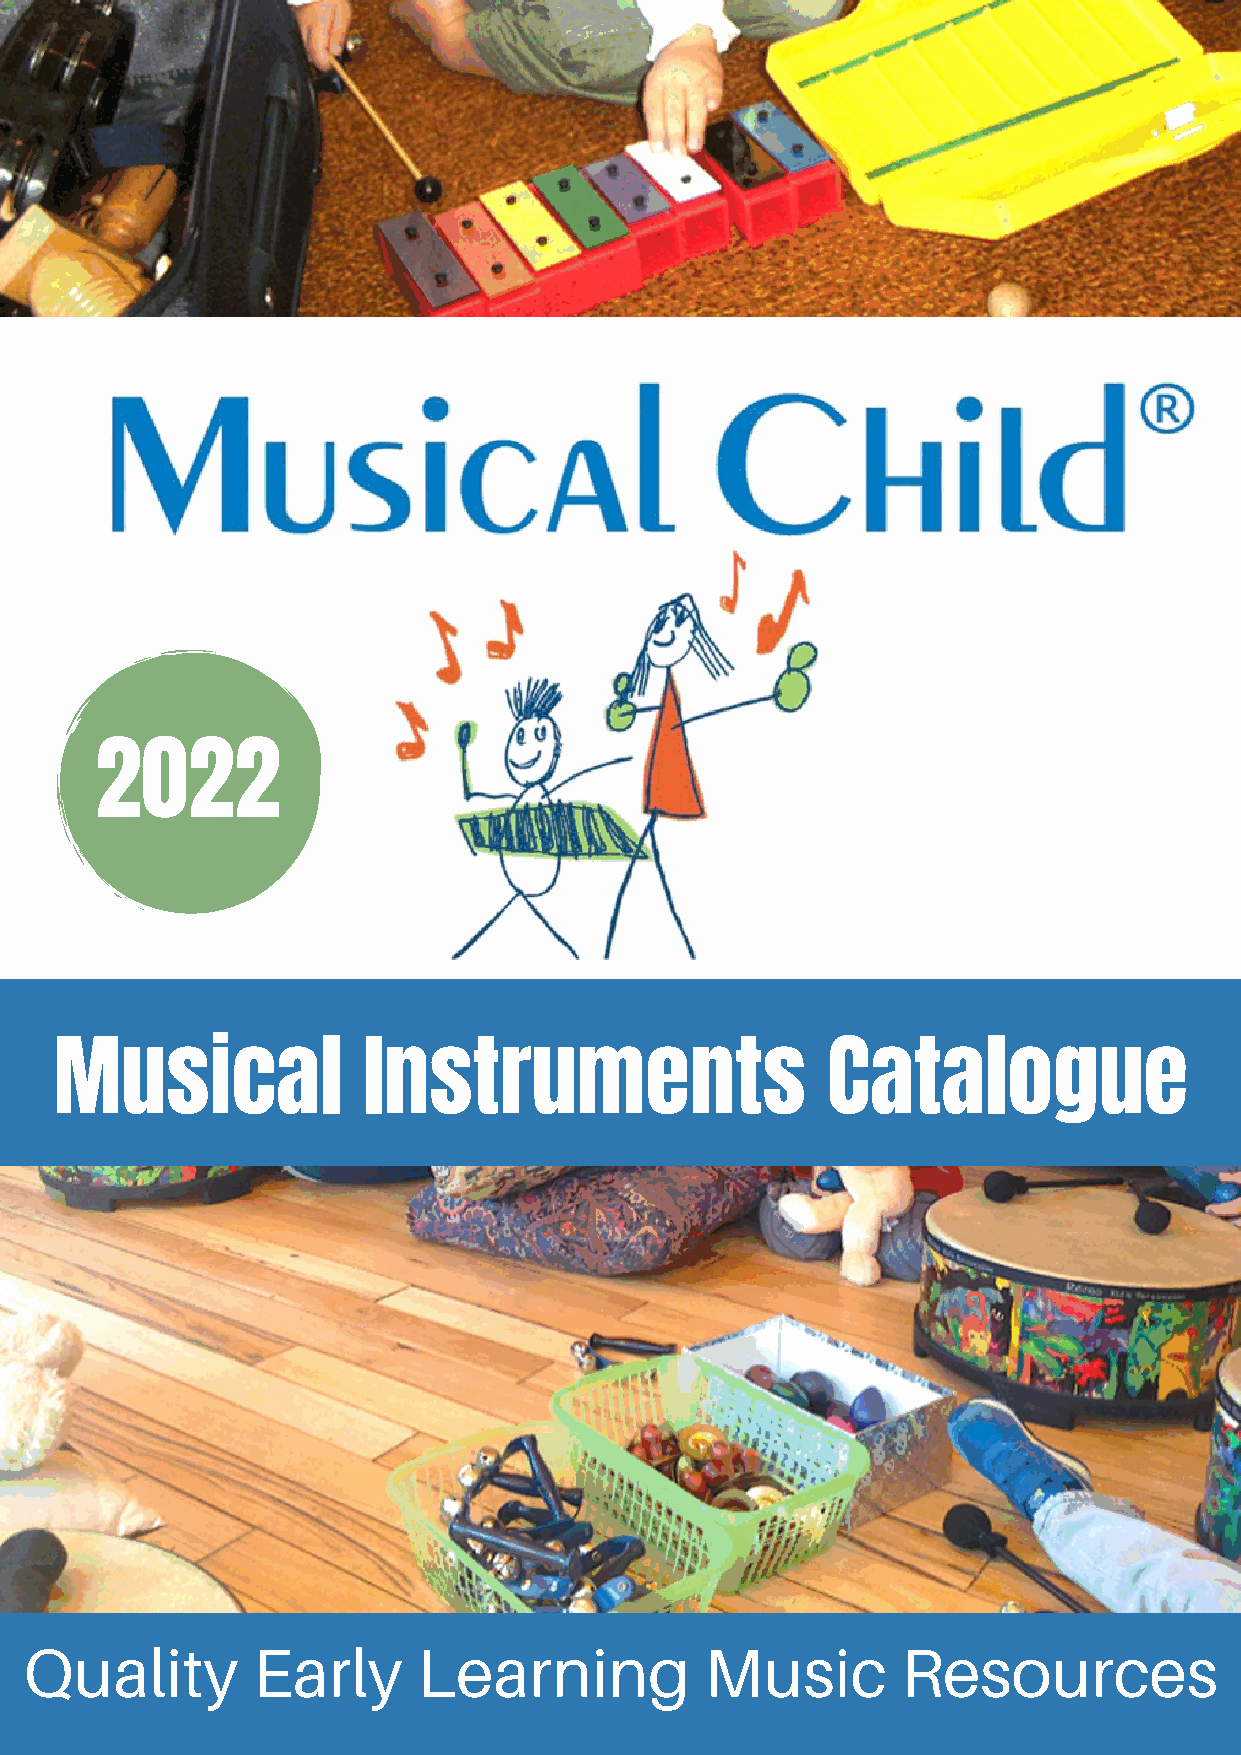
2022
 Musical             Instruments                    Catalogue
 Quality        Early      Learning           Music        Resources